Annual administration report of the Civil Veterinary Department of India - 1910-1911
Year: 1910
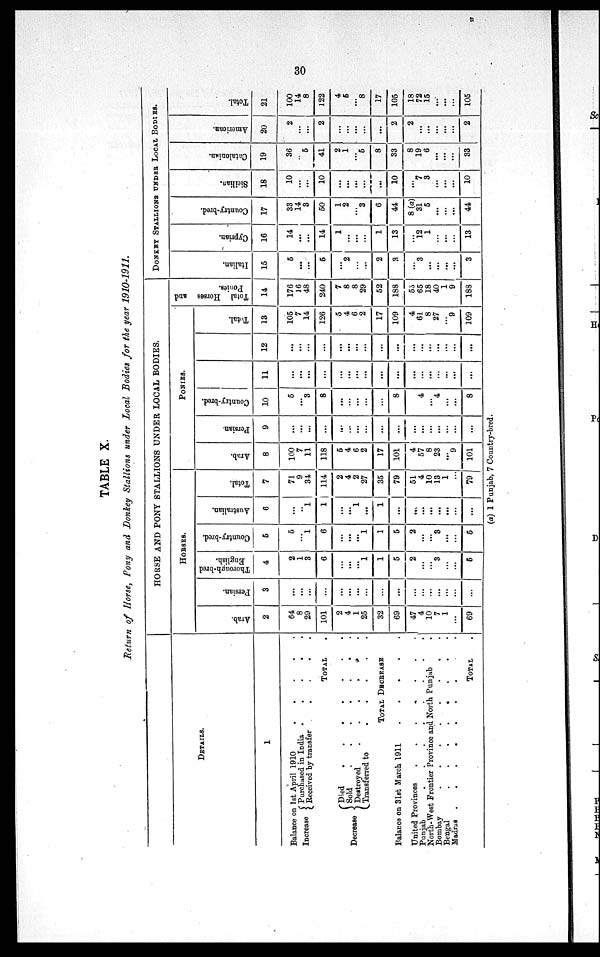
30
TABLE X.
Return of Horse, Pony and Donkey Stallions under Local Bodies for the year 1910-1911.
DETAILS.
1
Balance on 1st April 1910
.
.
.
.
.
Increase
Decrease
Purchased in India .
.
.
.
.
Received by transfer . . . .
TOTAL .
Died
.
.
.
.
.
Sold . . . . . .
Desrtroyed . . . . .
Transferred to
.
.
.
.
.
TOTAL DECREASE
Balance on 31st March 1911 .
.
.
.
.
United Provinces
.
.
.
.
.
. .
Punjab
.
.
.
.
.
.
.
.
North-West Frontier Province and North Punjab
.
Bombay
.
.
.
.
.
.
.
Bengal
.
.
.
.
.
.
Madras .
.
.
.
.
.
.
.
.
TOTAL .
HORSE AND PONY STALLIONS UNDER LOCAL BODIES.
HORSES.
Arab.
2
64
8
29
101
2
4
1
25
32
69
47
4
10
7
1
...
69
Persian.
3
...
...
...
...
...
...
...
...
...
...
...
...
...
...
...
...
...
Thorough-bred
English.
4
2
1
3
6
...
...
...
1
1
5
2
...
...
3
...
...
5
Country-bred.
5
5
... 1
6
...
...
...
1
1
5
2
...
...
3
...
...
5
Australian.
6
...
... 1
1
...
... 1
...
1
...
...
...
...
...
...
...
...
Total.
7
71
9
34
114
2
4
2
27
35
79
51
4
10
13
1
...
79
PONIES.
Arab.
8
100
7
11
118
5
4
6
2
17
101
4
57
8
23
...
9
101
Persian.
9
...
...
...
...
...
...
...
...
...
...
...
...
...
...
...
...
...
Country-bred.
10
5
... 3
8
...
...
...
...
...
8
...
4
...
4
...
...
8
11
...
...
...
...
...
...
...
...
...
...
...
...
...
...
...
...
...
12
...
...
...
...
...
...
...
...
...
...
...
...
...
...
...
...
...
Total.
13
105
7
14
126
5
4
6
2
17
109
4
61
8
27
...
9
109
Total Horses and
Ponies.
14
176
16
48
240
7
8
8
29
52
188
55
65
18
40
1
9
188
DONKEY STALLIONS UNDER LOCAL BODIES.
I t al i an.
15
5
...
...
5
...
2
...
...
2
3
...
3
...
...
...
...
3
Cypr i
an.
16
14
...
...
14
1
...
...
...
1
13
...
12
1
...
...
...
13
Count r
y- br ed.
17
33
14
3
50
1
2
...
3
6
44
8 (a)
31
5
...
...
...
44
Sicilian.
18
10
...
...
10
...
...
...
...
...
10
...
7
3
...
...
...
10
Cat al oni an.
19
36
... 5
41
2
1
...
5
8
33
8
19
6
...
...
...
33
Ame r
ic
a n.
20
2
...
...
2
...
...
...
...
...
2
2
...
...
...
...
...
2
Total.
21
100
14
8
122
4
5
...
8
17
105
18
72
15
...
...
...
105
(a) 1 Punjab, 7 Country-bred.